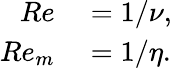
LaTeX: \begin{array}{rl}{Re}&{{}=1/\nu,}\\ {Re_{m}}&{{}=1/\eta.}\end{array}